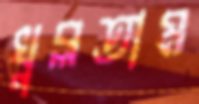
খুব্‌লতাম